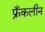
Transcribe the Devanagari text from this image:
फ्रँकलीन